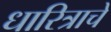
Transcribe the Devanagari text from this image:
धारित्राचे